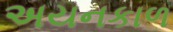
અયનકાળ